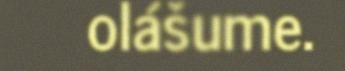
olášume.